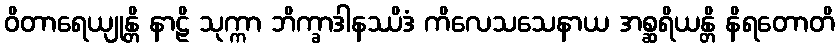
ဝိတာရေယျုန္တိ နာဠိ သုက္ကာ ဘိက္ခာဒါနဿိဒံ ကိလေသသေနာယ အစ္ဆရိယန္တိ နိရတောတိ